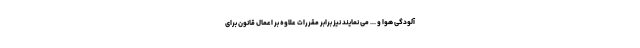
آلودگی هوا و ... می نمایند نیز برابر مقررات علاوه بر اعمال قانون برای